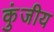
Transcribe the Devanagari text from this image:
कुंजीय